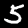
Label: 5